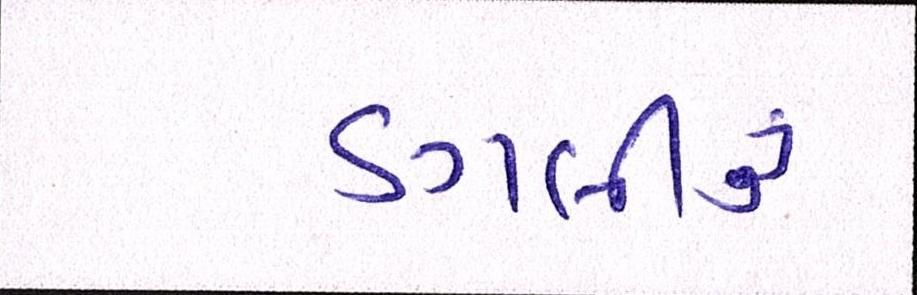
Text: ડગલીનું